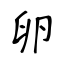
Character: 卵